Vaccination in Bombay 1924-1928 - 1924-1928
Year: 1924
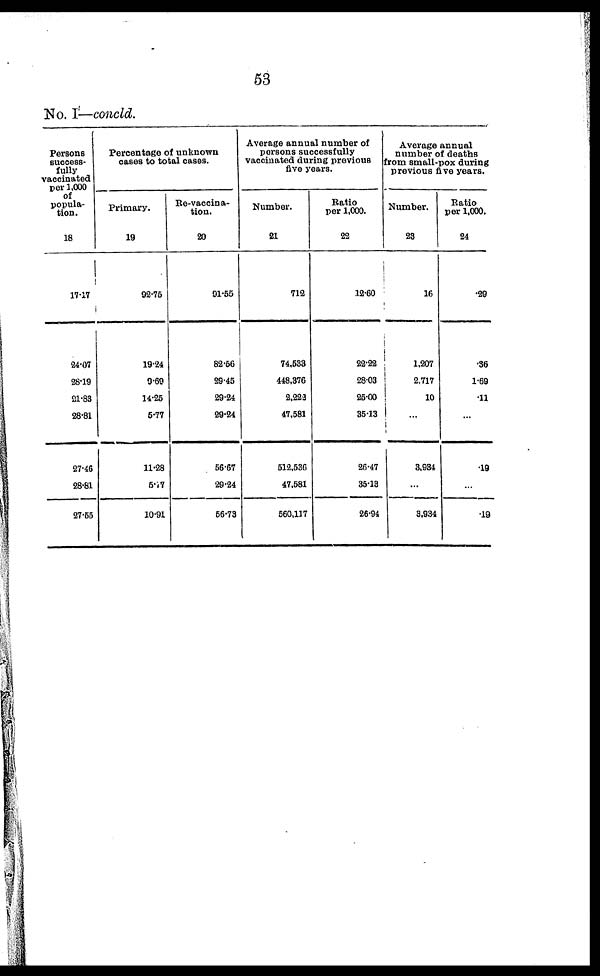
53
No. I—concld.
Persons
success-
fully
vaccinated
per 1,000
of
popula-
tion.
18
17.17
24.07
28.19
21.83
28.81
27.46
28.81
27.55
Percentage of unknown
cases to total cases.
Primary.
19
92.75
19.24
9.60
14.25
5.77
11.28
5.17
10.91
Re-vaccina-
tion.
20
91.55
82.56
29.45
29.24
29.24
66.67
29.24
56.73
Average annual number of
persons successfully
vaccinated during previous
five years.
Number.
21
712
74,533
448,376
2,222
47,581
512,536
47,581
560,117
Ratio
per 1,000.
22
12.60
22.22
28.03
25.00
35.13
26.47
35.13
26.94
Average annual
number of deaths
from small-pox during
previous five years.
Number.
23
16
1,207
2,717
10
...
3,934
...
3,934
Ratio
per 1,000.
24
.29
.36
1.69
.11
.19
.19